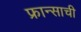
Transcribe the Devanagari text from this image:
फ्रान्साची